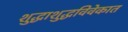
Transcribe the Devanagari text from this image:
शुद्धाशुद्धविवेकात